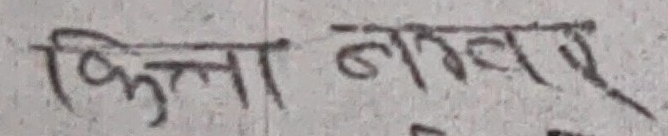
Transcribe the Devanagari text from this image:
किल्ला नम्बर